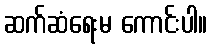
ဆက်ဆံရေးမ ကောင်းပါ။